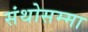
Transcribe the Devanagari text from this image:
संथोसम्मा